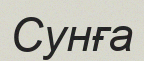
Сунға